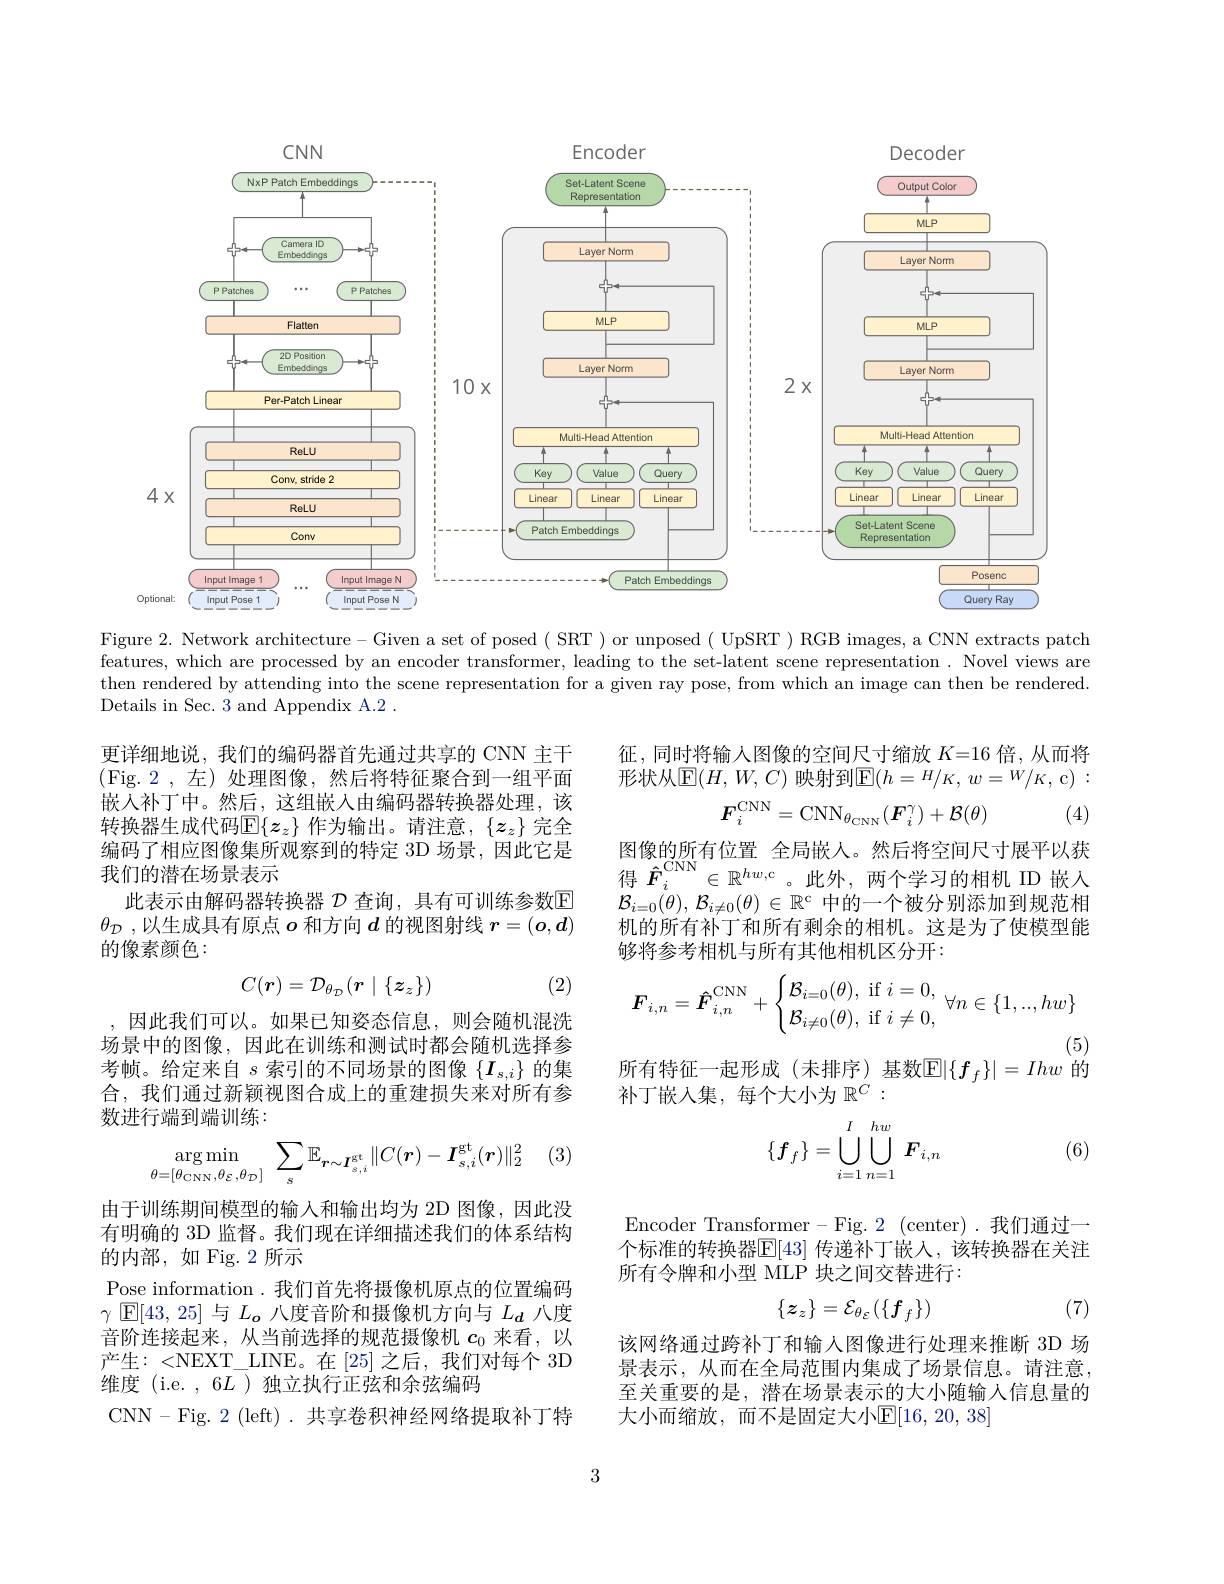
<FigureHere>

Figure 2. Network architecture - Given a set of posed ( SRT ) or unposed ( UpSRT ) RGB images, a CNN extracts patch features, which are processed by an encoder transformer, leading to the set-latent scene representation. Novel views are then rendered by attending into the scene representation for a given ray pose, from which an image can then be rendered. Details in Sec. 3 and Appendix A.2 .

征，同时将输人图像的空间尺寸缩放$K=16$倍，从而将形状从$\operatorname{E}(H,W,C)$ 映射到$\operatorname{E}(h=H/K,w=W/K$,c):
$$F_{i}^{\mathrm{CNN}}=\mathrm{CNN}_{\theta_{\mathrm{CNN}}}(\boldsymbol{F}_{i}^{\gamma})+\mathcal{B}(\theta)$$
(4)

更详细地说，我们的编码器首先通过共享的 CNN 主干(Fig.2,左)处理图像，然后将特征聚合到一组平面嵌入补丁中。然后，这组嵌入由编码器转换器处理，该转换器生成代码$\mathbb{E}\{\boldsymbol z_z\}$ 作为输出。请注意，$\{\boldsymbol z_z\}$ 完全编码了相应图像集所观察到的特定 3D 场景，因此它是我们的潜在场景表示
此表示由解码器转换器 $\mathcal{D}$ 查询，具有可训练参数$\mathbb{E}$ $\theta _{\mathcal{D} }$ ,以生成具有原点$o$和方向$d$的视图射线$r=(\boldsymbol{o},\boldsymbol{d})$ 的像素颜色：

图 像 的 所 有 位 置 全 局 嵌 入 。然 后 将 空 间 尺 寸 展 平 以 获 得 $\hat{F} _{i}^{\mathrm{CNN}}\in \mathbb{R} ^{hw, \mathrm{c} }$ 。此 外 , 两 个 学 习 的 相 机 ID 嵌 入$\mathcal{B} _{i= 0}( \theta ) $, $\mathcal{B} _{i\neq 0}( \theta )$ $\in$ $\mathbb{R} ^{\mathrm{c} }$中的一个被分别添加到规范相机的所有补丁和所有剩余的相机。这是为了使模型能够将参考相机与所有其他相机区分开：
$$C(\boldsymbol{r})=\mathcal{D}_{\theta_{D}}(\boldsymbol{r}\mid\{\boldsymbol{z}_{z}\})$$
(2)
$$\boldsymbol{F}_{i,n}=\boldsymbol{\hat{F}}_{i,n}^{\mathrm{CNN}}+\begin{cases}\mathcal{B}_{i=0}(\theta),\:\mathrm{if}\:i=0,\\\mathcal{B}_{i\neq0}(\theta),\:\mathrm{if}\:i\neq0,\end{cases}\forall n\in\{1,..,hw\}$$
(5)
$\begin{array}{l}\text{所有特征一起形成(未排序)基数}\mathbb{E}|\{f_f\}|=Ihw\end{array}$的

,因此我们可以。如果已知姿态信息，则会随机混洗场景中的图像，因此在训练和测试时都会随机选择参考帧。给定来自$s$索引的不同场景的图像$\{I_s,i\}$的集合，我们通过新颖视图合成上的重建损失来对所有参数进行端到端训练：
$$\{f_f\}=\bigcup\limits_{i=1}^I\bigcup\limits_{n=1}^{hw}\:F_{i,n}$$
(6)

$\begin{array}{cc}{2}&{(3)}\end{array}$
$$\underset{\theta=[\theta_{\mathrm{CNN}},\theta_{\mathcal{E}},\theta_{\mathcal{D}}]}{\arg\min}\sum_{s}\mathbb{E}_{\boldsymbol{r}\sim\boldsymbol{I}_{s,i}^{\mathrm{gt}}}\|C(\boldsymbol{r})-\boldsymbol{I}_{s,i}^{\mathrm{gt}}(\boldsymbol{r})\|_{2}^{2}$$
Encoder Transformer-Fig. 2 (center).我们通过一个标准的转换器$\mathbb{E}[43]$ 传递补丁嵌人，该转换器在关注所有令牌和小型 MLP 块之间交替进行：
$$\{z_z\}=\mathcal{E}_{\theta_\varepsilon}(\{f_f\})$$
(7)

由于训练期间模型的输入和输出均为 2D 图像，因此没有明确的 3D 监督。我们现在详细描述我们的体系结构的内部，如 Fig.2 所示
Pose information.我们首先将摄像机原点的位置编码$\gamma$ $\mathbb{E}[43,25]$与$L_{\boldsymbol{o}}$八度音阶和摄像机方向与$L_{\boldsymbol{d}}$八度音阶连接起来，从当前选择的规范摄像机$c_{0}$来看，以产生：<NEXT\_LINE。在[25]之后，我们对每个 3D 维度 (i.e. , 6$L$ )独立执行正弦和余弦编码
CNN-Fig.2(left).共享卷积神经网络提取补丁特

该网络通过跨补丁和输入图像进行处理来推断 3D 场景表示，从而在全局范围内集成了场景信息。请注意， 至关重要的是，潜在场景表示的大小随输人信息量的大小而缩放，而不是固定大小$\mathbb{E}[16,20,38]$

3